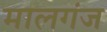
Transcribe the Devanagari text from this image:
मालगंज